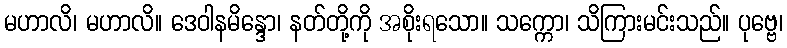
မဟာလိ၊ မဟာလိ။ ဒေဝါနမိန္ဒော၊ နတ်တို့ကို အစိုးရသော။ သက္ကော၊ သိကြားမင်းသည်။ ပုဗ္ဗေ၊